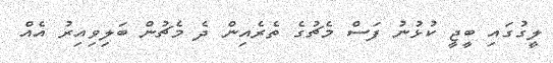
ލީގުގައި ބީޖީ ކުޅުނު ފަސް މެޗުގެ ތެރެއިން ދެ މެޗުން ބަލިވިއިރު އެއް